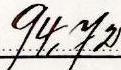
94,72